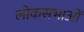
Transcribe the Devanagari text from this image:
लोकसभाओं